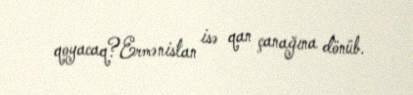
qoyacaq?Ermənistan isə qan çanağına dönüb.